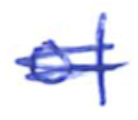
Text: of
Cross-out: scratch
Writing tool: ballpoint